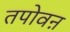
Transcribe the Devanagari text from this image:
तपोवऩ